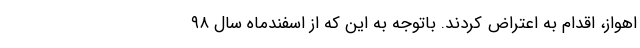
اهواز، اقدام به اعتراض کردند. باتوجه به این که از اسفندماه سال ۹۸